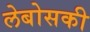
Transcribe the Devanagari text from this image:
लेबोसकी